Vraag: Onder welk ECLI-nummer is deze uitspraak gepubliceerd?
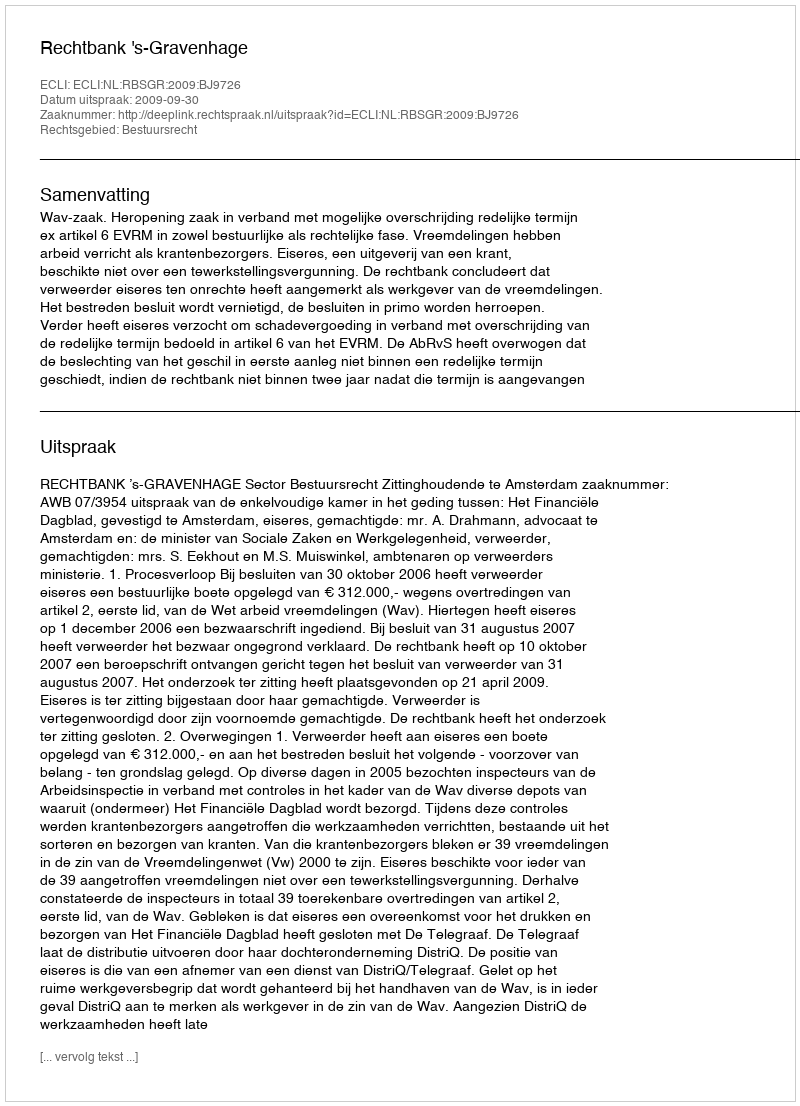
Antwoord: ECLI:NL:RBSGR:2009:BJ9726